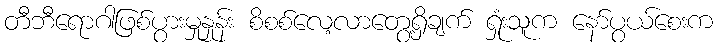
တီဘီရောဂါဖြစ်ပွားမှုနှုန်း စိစစ်လေ့လာတွေ့ရှိချက် ရှုံးသူက နော်ပွယ်စေးက